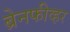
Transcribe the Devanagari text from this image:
ब्रेनफीव्हर